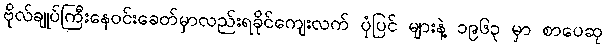
ဗိုလ်ချုပ်ကြီးနေဝင်းခေတ်မှာလည်းရခိုင်ကျေးလက် ပုံပြင် များနဲ့ ၁၉၆၃ မှာ စာပေဆု